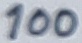
Text: 100